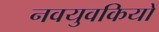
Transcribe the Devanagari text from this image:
नवयुवकियों